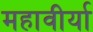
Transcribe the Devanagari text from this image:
महावीर्या